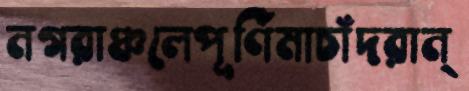
নগরাঞ্চলেপূর্ণিমাচাঁদরান্